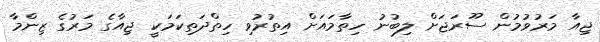
ޖިއާ މަރުވުމުން ސޫރަޖަށް ލިބުނު ހިތާމައަށް އިތުރުވި ހިތްދަތިކަމަކީ ޖިއާގެ މަރުގެ ޒިންމާ